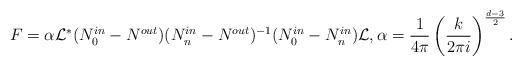
LaTeX: \begin{align*}F=\alpha\mathcal L^* ( N^{in}_0-N^{out}) (N^{in}_n - N^{out})^{-1}(N^{in}_0 -N^{in}_n)\mathcal L, \alpha=\frac{1}{4\pi}\left (\frac{k}{2\pi i} \right )^{\frac{d-3}{2}}.\end{align*}